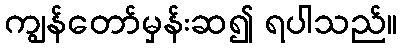
ကျွန်တော်မှန်းဆ၍ ရပါသည်။